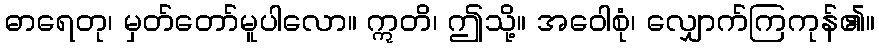
ဓာရေတု၊ မှတ်တော်မူပါလော။ ဣတိ၊ ဤသို့။ အဝေါစုံ၊ လျှောက်ကြကုန်၏။